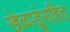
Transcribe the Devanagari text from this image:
खेळाडूंसहित